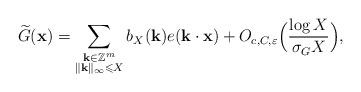
LaTeX: \begin{align*}\widetilde{G}(\mathbf{x}) = \sum\limits_{ \substack{\mathbf{k} \in\mathbb{Z}^m \\ \Vert \mathbf{k} \Vert_\infty \leqslant X}} b_X(\mathbf{k}) e(\mathbf{k} \cdot \mathbf{x}) + O_{c,C,\varepsilon}\Big(\frac{ \log X}{\sigma_G X}\Big),\end{align*}